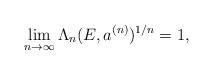
LaTeX: \begin{align*} \lim\limits_{n\rightarrow\infty} \Lambda_n(E,a^{(n)})^{1/n} = 1,\end{align*}